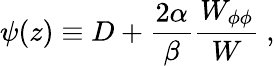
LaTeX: \psi(z)\equiv D+{\frac{2\alpha}{\beta}}{\frac{W_{\phi\phi}}{W}}~,